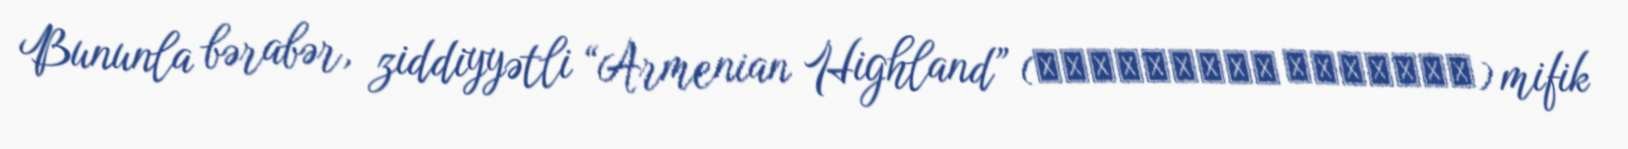
Bununla bərabər, ziddiyyətli “Armenian Highland” (Армя́нское наго́рье) mifik